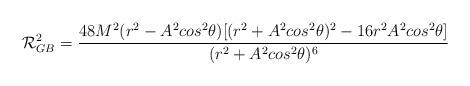
LaTeX: \begin{align*}{\cal{R}}^2 _{GB} = {\frac{48M^2(r^2-A^2{cos}^2\theta)[(r^2+A^2{cos}^2\theta)^2-16r^2A^2{cos}^2\theta]}{(r^2+A^2{cos}^2\theta)^6}}\\\end{align*}